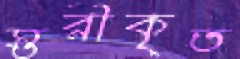
স্তরীকৃত